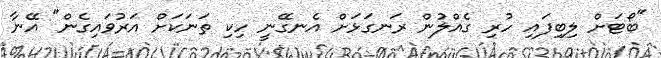
"ބޯޓަށް ލިބިފައި ހުރި ގެއްލުން ރަނގަޅަށް އެނގޭނީ ހިކި ތަނަކަށް އަރުވައިގެން" އޭނާ